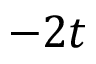
- 2 t